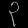
Digit: ၃